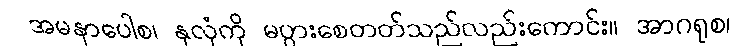
အမနာပေါစ၊ နှလုံကို မပွားစေတတ်သည်လည်းကောင်း။ အာဂရုစ၊